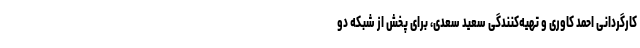
کارگردانی احمد کاوری و تهیه‌کنندگی سعید سعدی، برای پخش از شبکه دو